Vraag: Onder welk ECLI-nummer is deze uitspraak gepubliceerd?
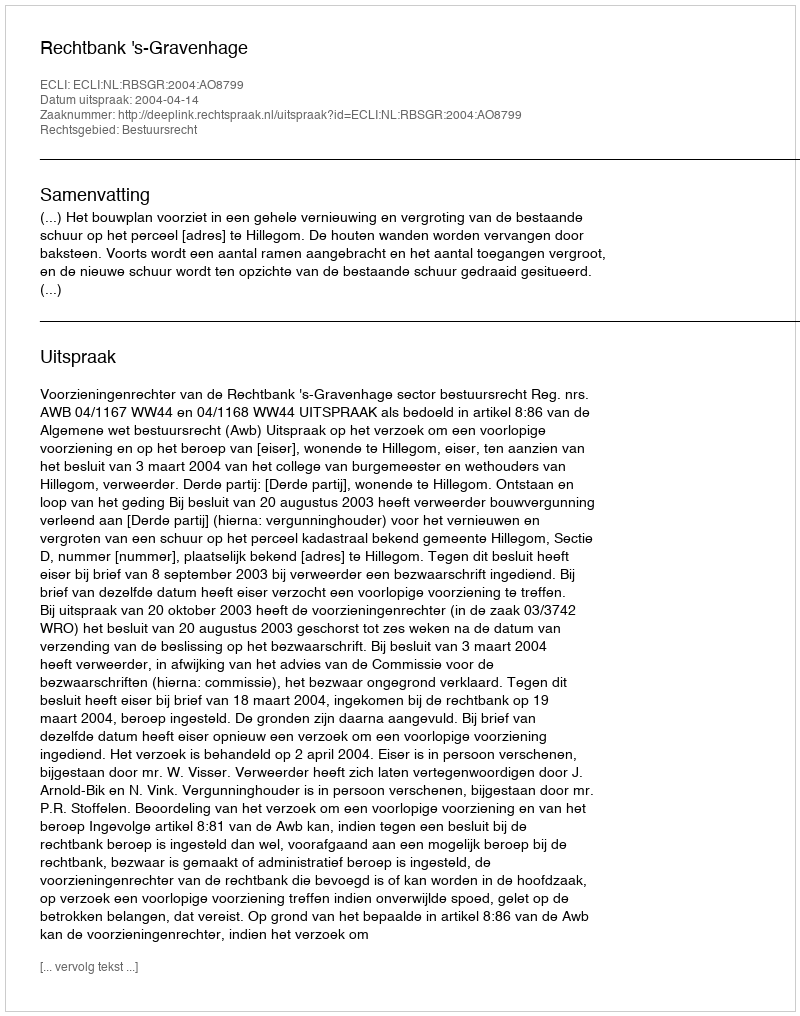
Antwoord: ECLI:NL:RBSGR:2004:AO8799